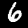
Label: 6